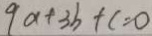
9 a + 3 b + c = 0